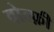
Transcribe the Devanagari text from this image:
वोल्फ़ी